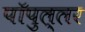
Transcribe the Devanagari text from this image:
पॉपुल्लर